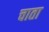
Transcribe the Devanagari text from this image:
चाता